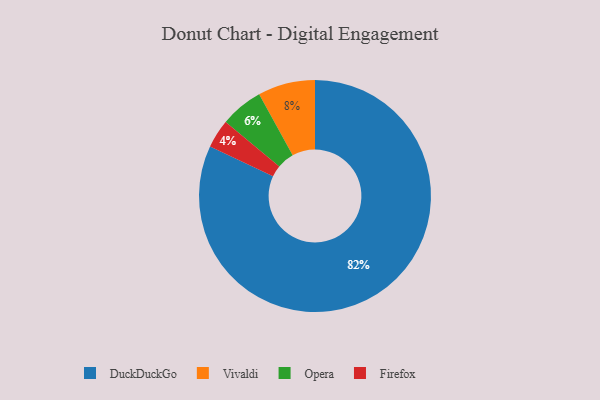
{"axis": {"x": "Category", "y": "Percentage"}, "legend": ["DuckDuckGo", "Firefox", "Opera", "Vivaldi"], "data": [{"x": "DuckDuckGo", "y": 82, "type": "DuckDuckGo"}, {"x": "Opera", "y": 6, "type": "Opera"}, {"x": "Firefox", "y": 4, "type": "Firefox"}, {"x": "Vivaldi", "y": 8, "type": "Vivaldi"}]}